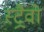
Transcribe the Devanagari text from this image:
स्ट्रैवो